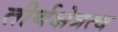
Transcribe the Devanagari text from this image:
तीर्थक्षेत्रत्व